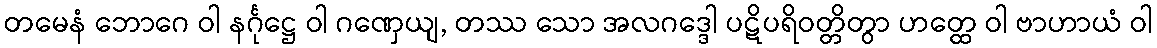
တမေနံ ဘောဂေ ဝါ နင်္ဂုဋ္ဌေ ဝါ ဂဏှေယျ, တဿ သော အလဂဒ္ဒေါ ပဋိပရိဝတ္တိတွာ ဟတ္ထေ ဝါ ဗာဟာယံ ဝါ